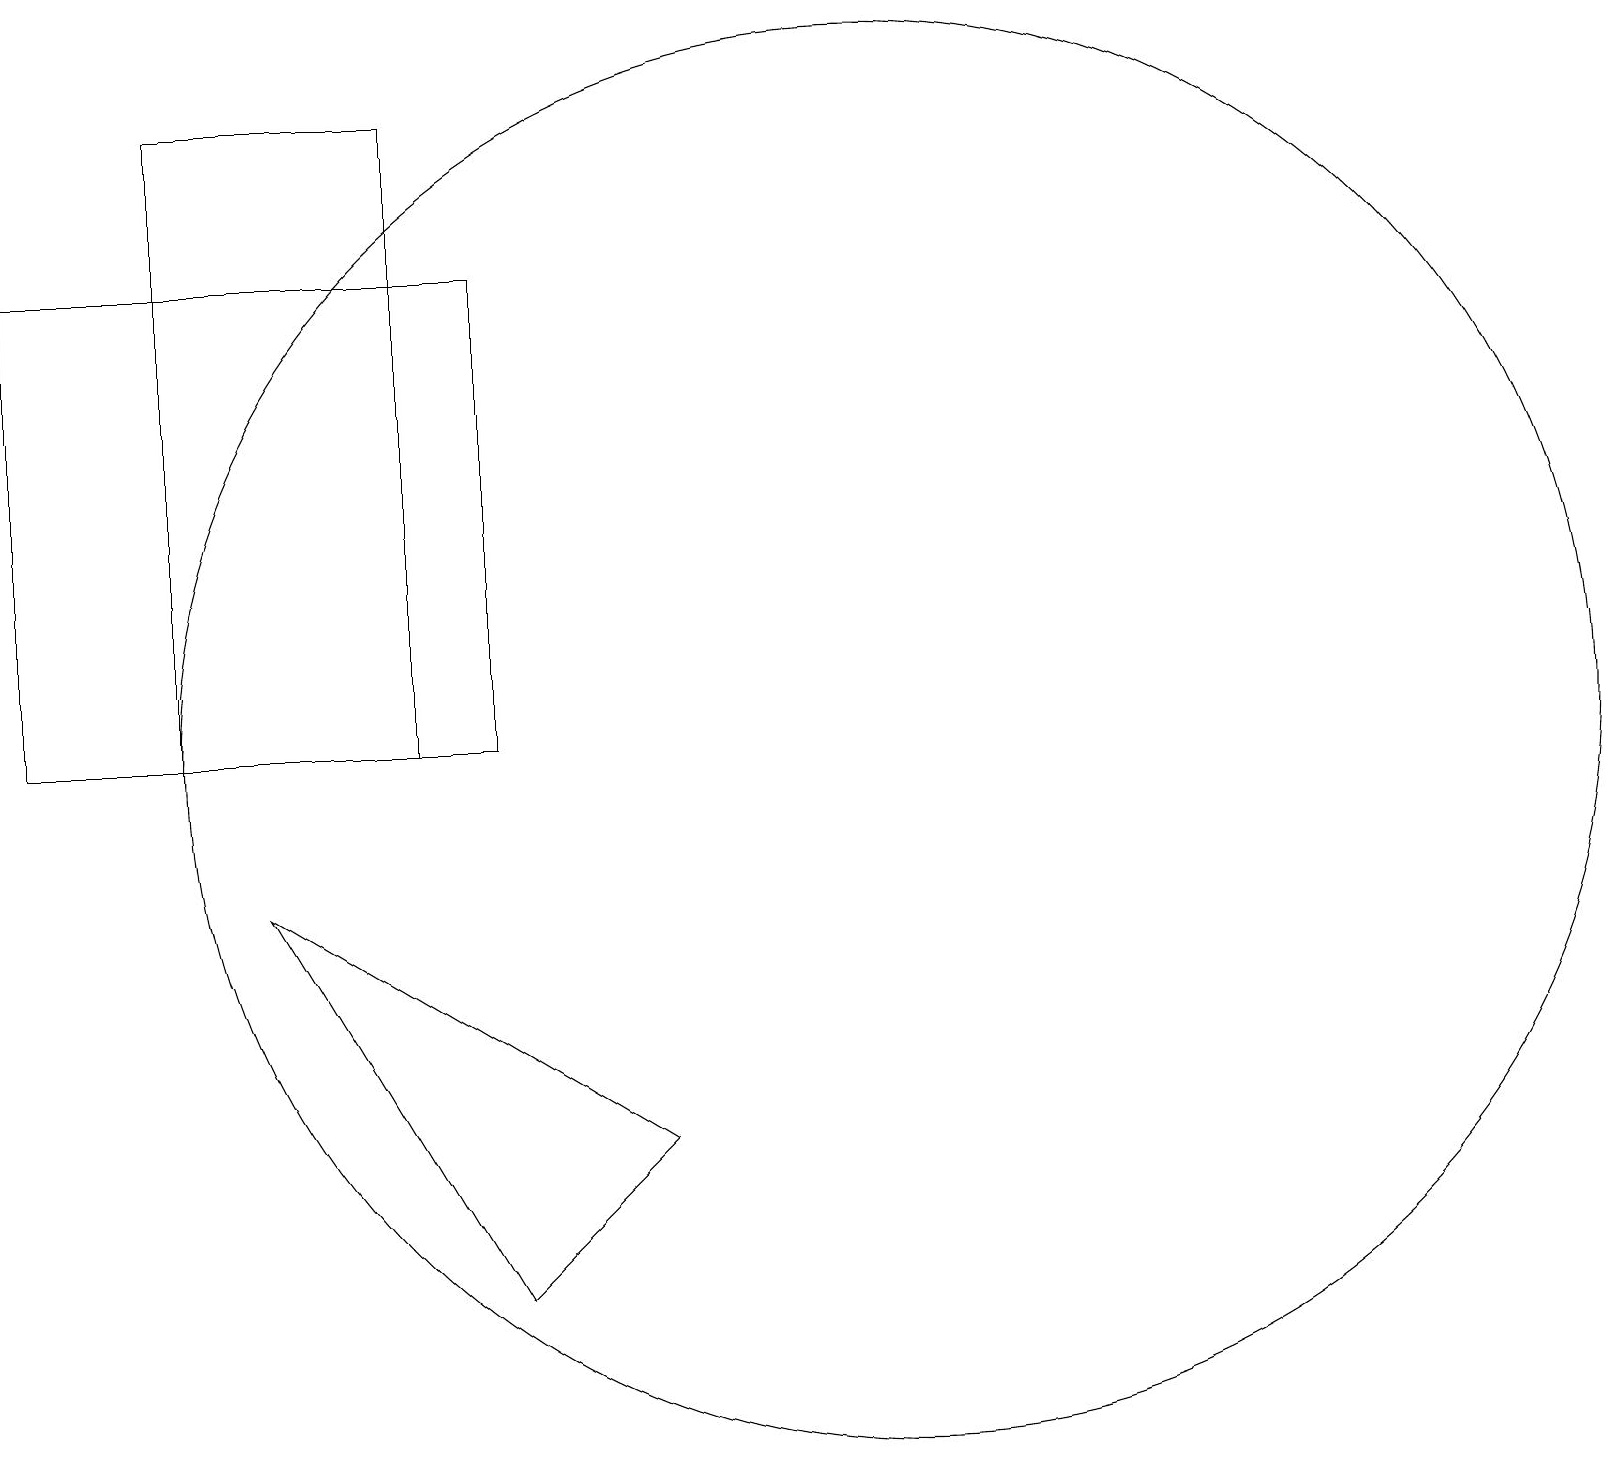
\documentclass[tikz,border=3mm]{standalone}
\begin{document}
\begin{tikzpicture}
\draw (6,4) -- (3,9) -- (8,6) -- cycle;
\draw (2,11) rectangle (5,19);
\draw (11,11) circle (9);
\draw (0,17) rectangle (6,11);
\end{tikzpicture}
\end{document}